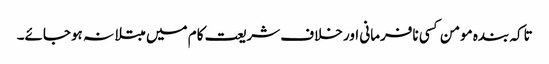
تاکہ بندہ مومن کسی نافرمانی اور خلاف شریعت کام میں مبتلا نہ ہوجائے۔